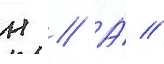
н // А́ //